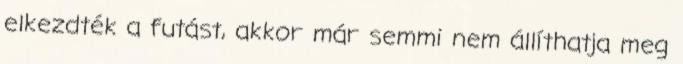
elkezdték a futást, akkor már semmi nem állíthatja meg